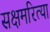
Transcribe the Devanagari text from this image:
सक्षमरित्या